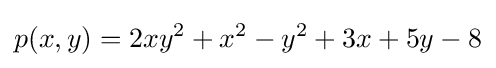
p(x,y)=2xy^{2}+x^{2}-y^{2}+3x+5y-8